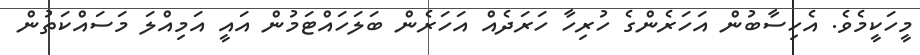
މީހަކީމެވެ. އެހިސާބުން އަހަރެންގެ ހުރިހާ ހަރަދެއް އަހަރެން ބަލަހައްޓަމުން އައީ އަމިއްލަ މަސައްކަތުން